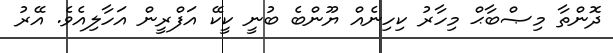
ދޮންތާ މިޞްބާޙް މިހާރު ކިހިނެއް ޔޫންބެ ބުނީ ކީކޭ އަފްރީން އަހާލިއެވެ. އޭރު